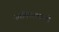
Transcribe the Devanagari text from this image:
स्वमित्ववाली